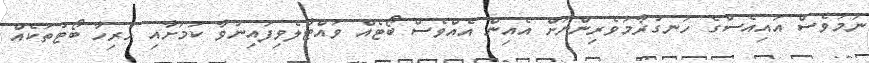
ނަމަވެސް އައިއެސްގެ ހަނގުރާމަވެރިންނަށް އެއިން އެއްވެސް ބޯޓެއް ވައްޓާލެވިފައިނުވާ ކަމަށާއި ހުރިހާ ބޯޓުތަކެއް